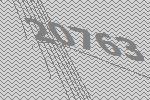
20763